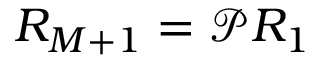
R _ { M + 1 } = \mathcal { P } R _ { 1 }